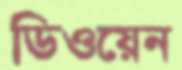
ডিওয়েন